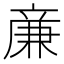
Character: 亷